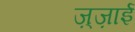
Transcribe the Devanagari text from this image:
ज़्ज़ाई